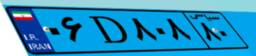
۳۶D۵۵۲۷۶